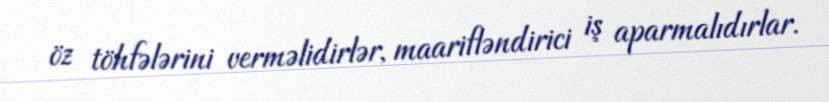
öz töhfələrini verməlidirlər, maarifləndirici iş aparmalıdırlar.